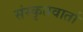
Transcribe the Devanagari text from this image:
संस्कृतवार्ता